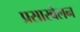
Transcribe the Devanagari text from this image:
प्रसारबेलन